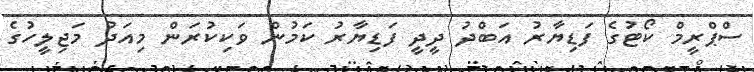
ސްޕްރީމް ކޯޓުގެ ފަޑިޔާރު އަބްދު ދީދީ ފަޑިޔާރު ކަމުން ވަކިކުރަން މިއަދު މަޖިލީހުގެ